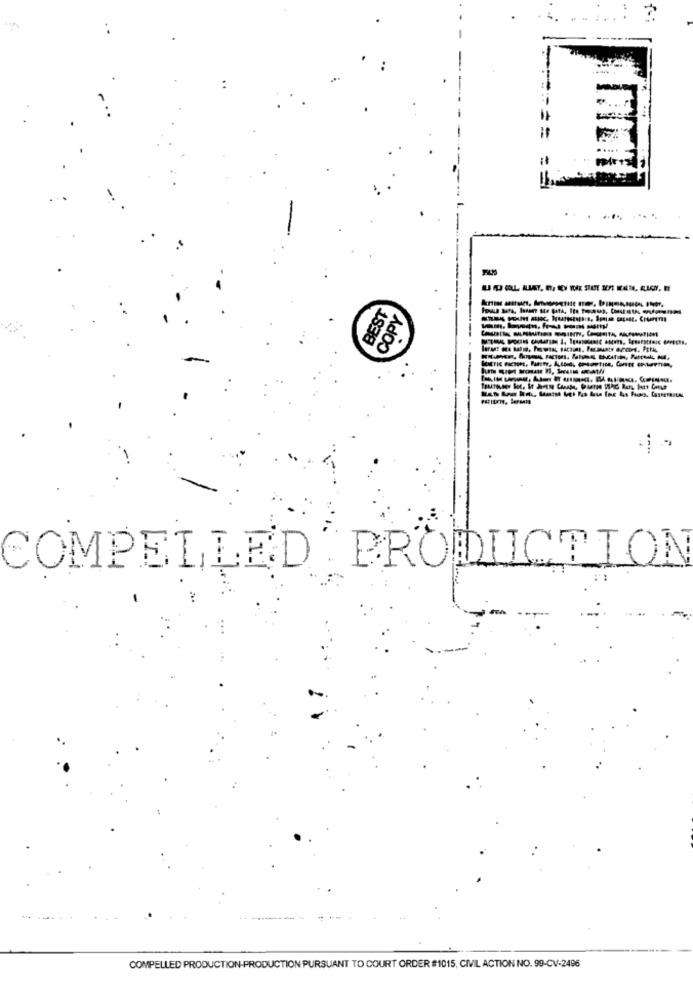
-
BEST
COPY
---
COMPELLED PRODUCTION
COMPELLED PRODUCTION-PRODUCTION PURSUANT TO COURT ORDER #1015, CIVIL ACTION NO. 99-CV-2496